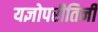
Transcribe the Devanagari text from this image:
यज्ञोपरीतिनी